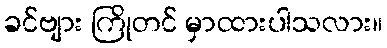
ခင်ဗျား ကြိုတင် မှာထားပါသလား။